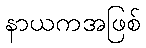
နာယကအဖြစ်